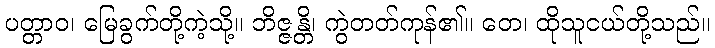
ပတ္တာဝ၊ မြေခွက်တို့ကဲ့သို့။ ဘိဇ္ဇန္တိ၊ ကွဲတတ်ကုန်၏။ တေ၊ ထိုသူငယ်တို့သည်။